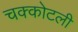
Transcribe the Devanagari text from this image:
चक्कोटली